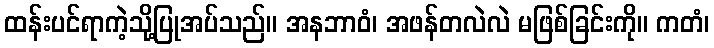
ထန်းပင်ရာကဲ့သို့ပြုအပ်သည်။ အနဘာဝံ၊ အဖန်တလဲလဲ မဖြစ်ခြင်းကို။ ကတံ၊